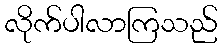
လိုက်ပါလာကြသည်